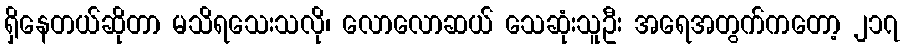
ရှိနေတယ်ဆိုတာ မသိရသေးသလို၊ လောလောဆယ် သေဆုံးသူဦး အရေအတွက်ကတော့ ၂၁၇